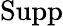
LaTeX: \operatorname{Supp}